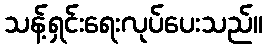
သန့်ရှင်းရေးလုပ်ပေးသည်။